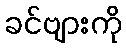
ခင်ဗျားကို